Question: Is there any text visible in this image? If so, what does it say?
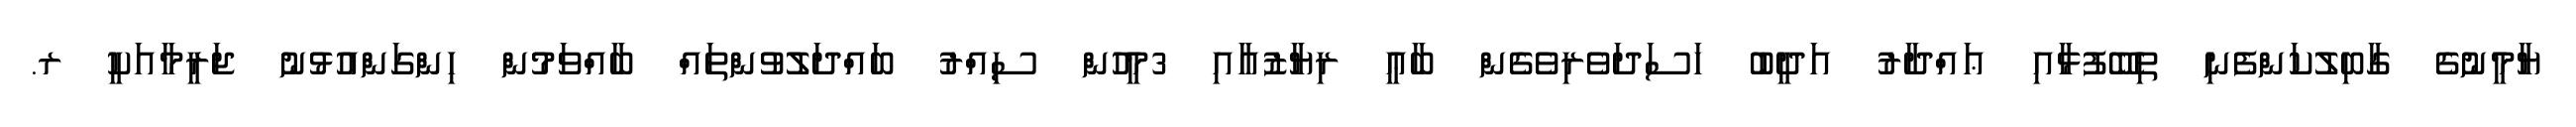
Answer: ޔާމީނުގެ ގާބިލުކަންފެނި ތިބޭފުޅާއި ޢައްދާރު އަދީބު ހަސަދަވެރިވެގެން ބާޢީ ރިޔާޒުއާއި 3މީހުން ސިއްރު ބައްދަލުވުންތައް ބާއްވަމުން ހިންގަންއުޅުނު ޖަރީމާއަކީ ރ.